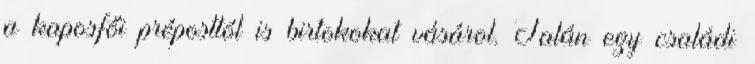
a kaposfői préposttól is birtokokat vásárol. Talán egy családi